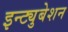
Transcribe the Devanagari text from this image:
इन्ट्युबेशन